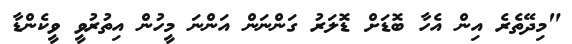
"މިދޭތެރެ އިން އެހާ ބޮޑަށް ޑޮލަރު ގަންނަން އަންނަ މީހުން އިތުރުވީ ވީކެންޑާ